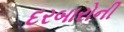
દરબારોની